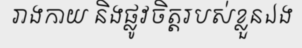
រាងកាយ និងផ្លូវចិត្តរបស់ខ្លួនឯង